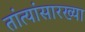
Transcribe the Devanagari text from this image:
तांत्यांसारख्या